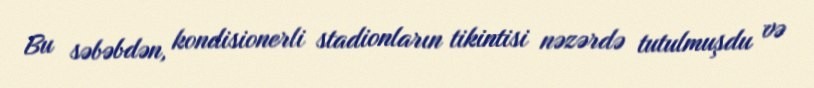
Bu səbəbdən, kondisionerli stadionların tikintisi nəzərdə tutulmuşdu və